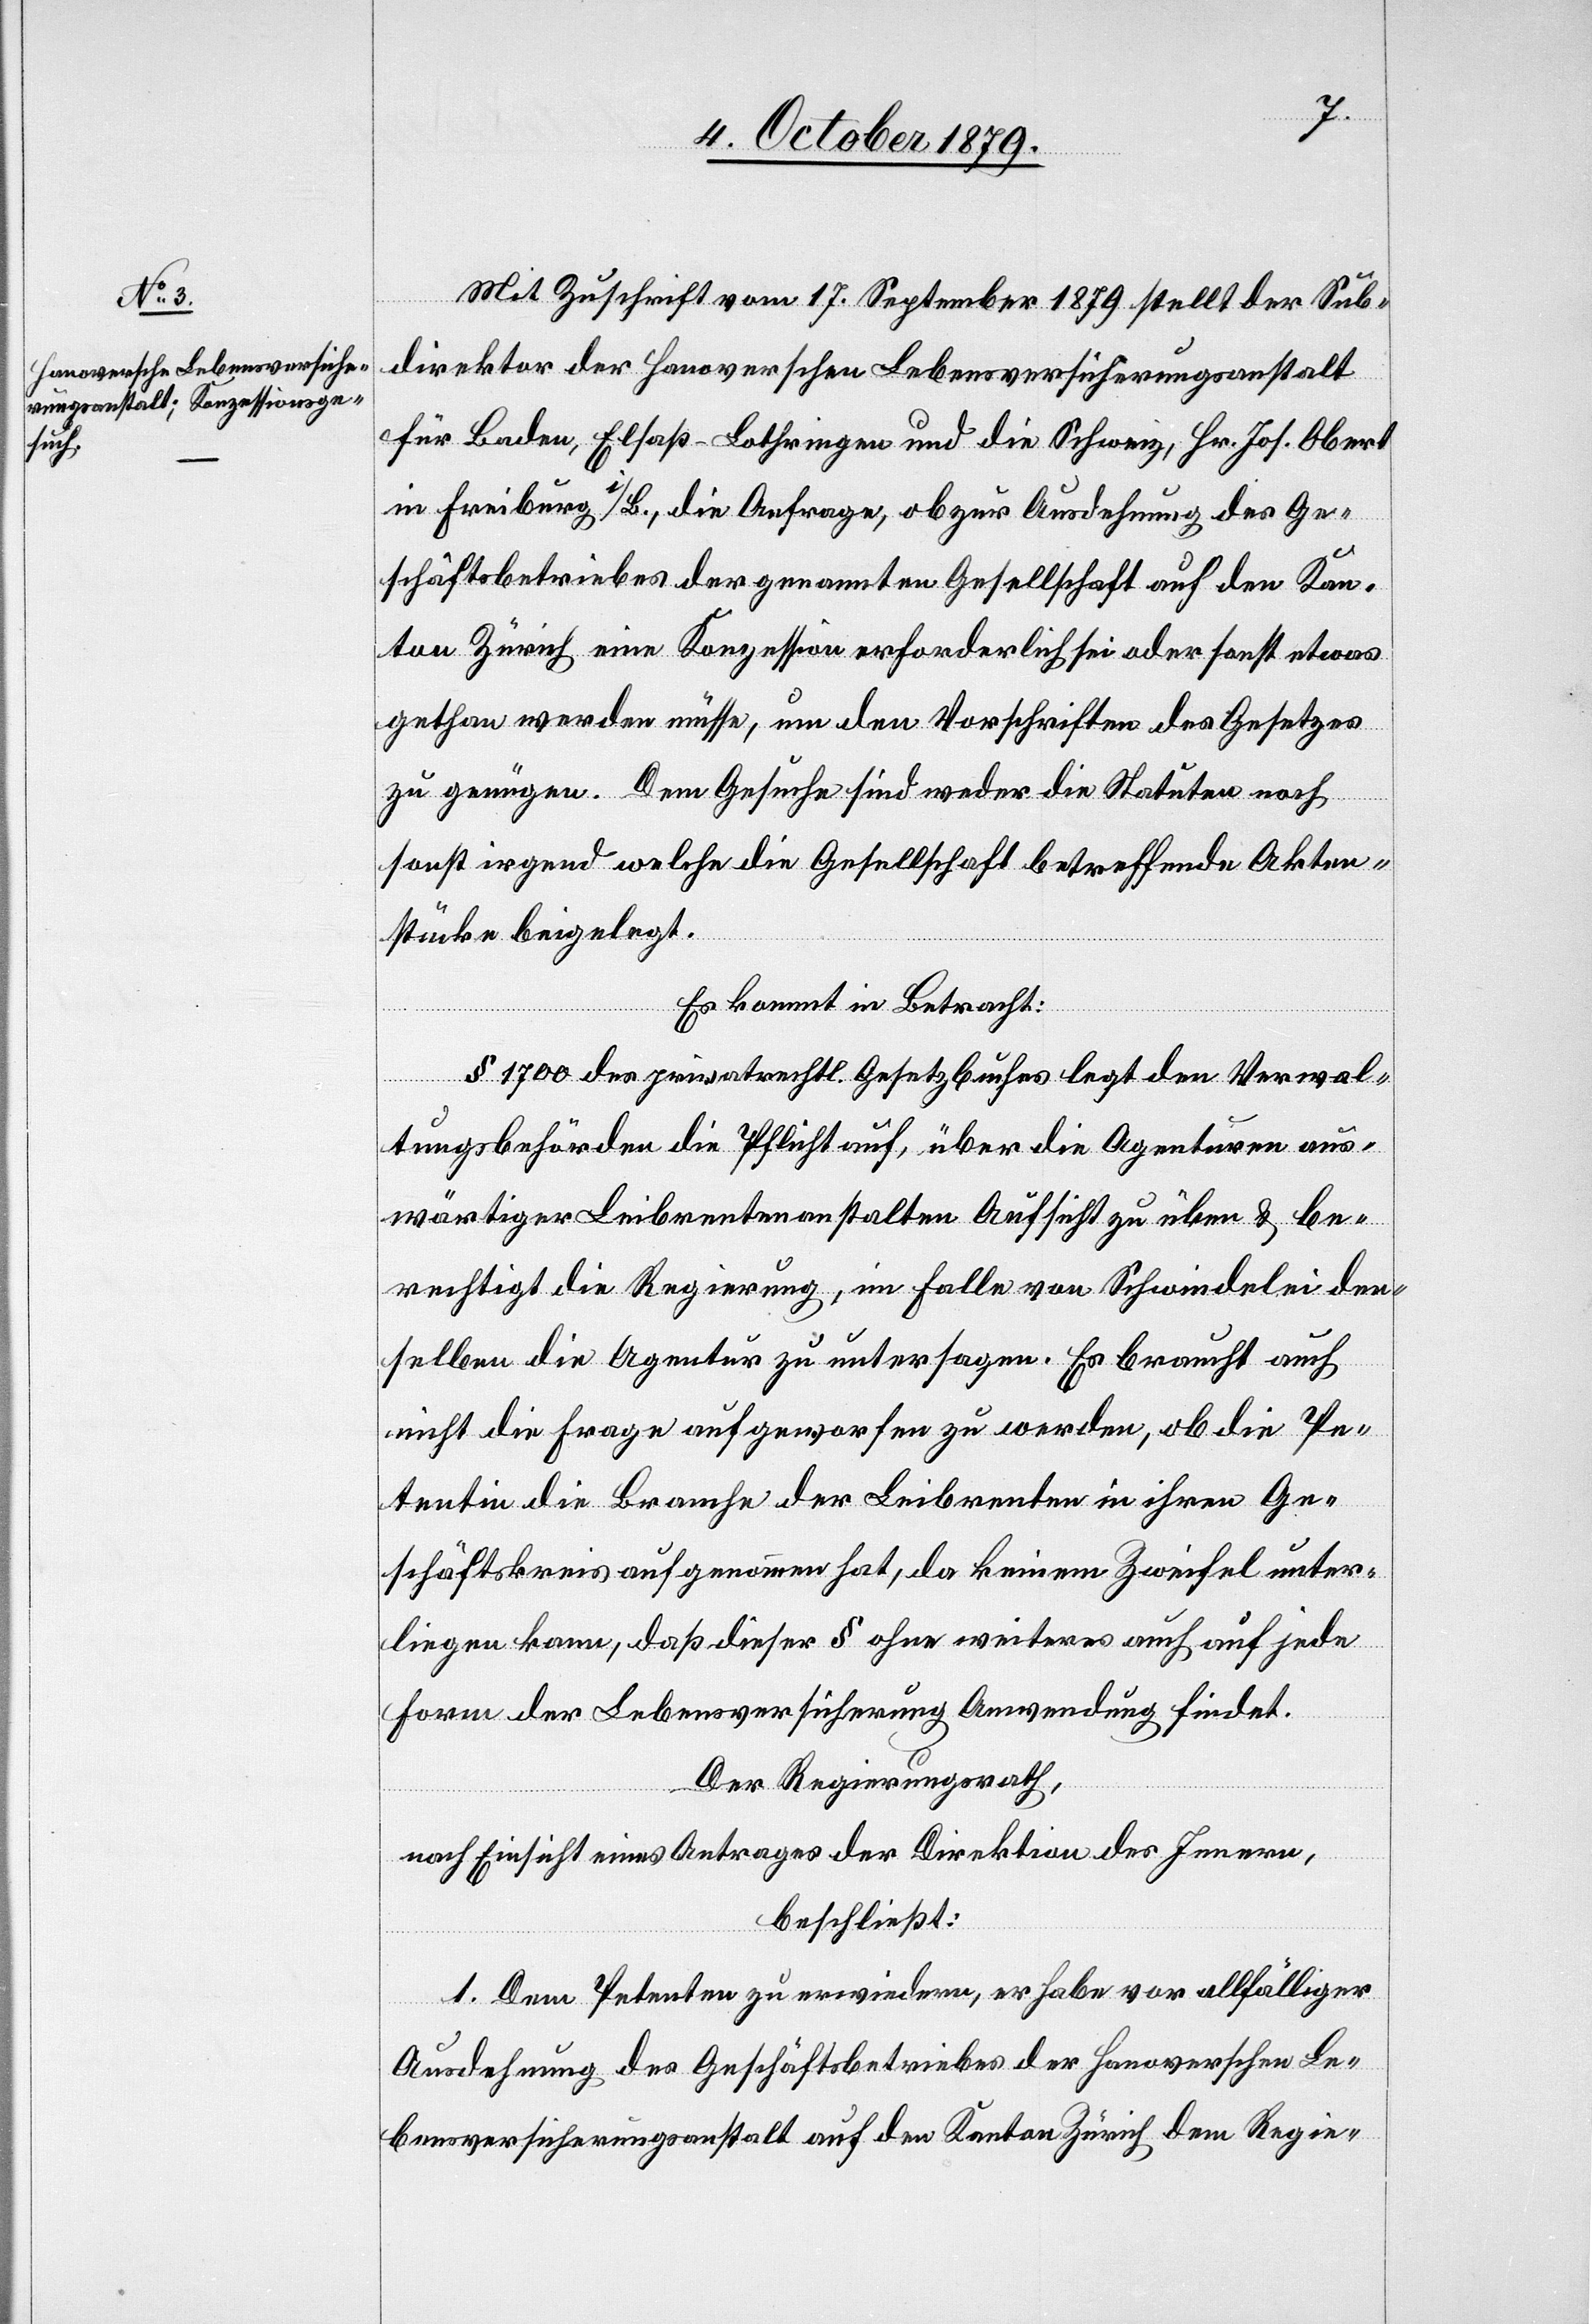
Mit Zuschrift vom 17 September 1879 stellt der Sub¬
direktor der Hanoverschen Lebensversicherungsanstalt
für Baden, Elsaß-Lothringen und die Schweiz, Hr. Jos. Obert
in Freiburg i/B., die Anfrage, ob zur Ausdehnung des Ge¬
schäftsbetriebes der genannten Gesellschaft auf den Kan¬
ton Zürich eine Konzession erforderlich sei oder sonst etwas
gethan werden müsse, um den Vorschriften des Gesetzes
zu genügen. Dem Gesuche sind weder die Statuten noch
sonst irgend welche die Gesellschaft betreffende Akten¬
stücke beigelegt.
Es kommt in Betracht:
§ 1700 des privatrechtl. Gesetzbuches legt den Verwal¬
tungsbehörden die Pflicht auf, über die Agenturen aus¬
wärtiger Leibrentenanstalten Aufsicht zu üben & be¬
rechtigt die Regierung, im Falle von Schwindelei den¬
selben die Agentur zu untersagen. Es braucht auch
nicht die Frage aufgeworfen zu werden, ob die Pe¬
tentin die Branche der Leibrenten in ihren Ge¬
schäftskreis aufgenommen hat, da keinem Zweifel unter¬
liegen kann, daß dieser § ohne weiteres auch auf jede
Form der Lebensversicherung Anwendung findet.
Der Regierungsrath,
nach Einsicht eines Antrages der Direktion des Innern,
beschließt:
1. Dem Petenten zu erwiedern, er habe vor allfälliger
Ausdehnung des Geschäftsbetriebes der Hanoverschen Le¬
bensversicherungsanstalt auf den Kanton Zürich dem Regie-